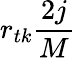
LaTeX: r_{tk}\frac{2j}{M}